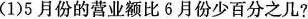
(1)5月份的营业额比6月份少百分之几?